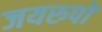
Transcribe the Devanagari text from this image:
जयरुपो